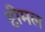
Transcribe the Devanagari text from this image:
हीमल